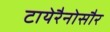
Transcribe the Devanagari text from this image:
टायेरैनोसौर